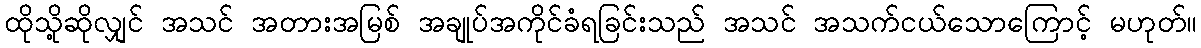
ထိုသို့ဆိုလျှင် အသင် အတားအမြစ် အချုပ်အကိုင်ခံရခြင်းသည် အသင် အသက်ငယ်သောကြောင့် မဟုတ်။